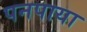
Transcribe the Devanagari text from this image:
पनपाया